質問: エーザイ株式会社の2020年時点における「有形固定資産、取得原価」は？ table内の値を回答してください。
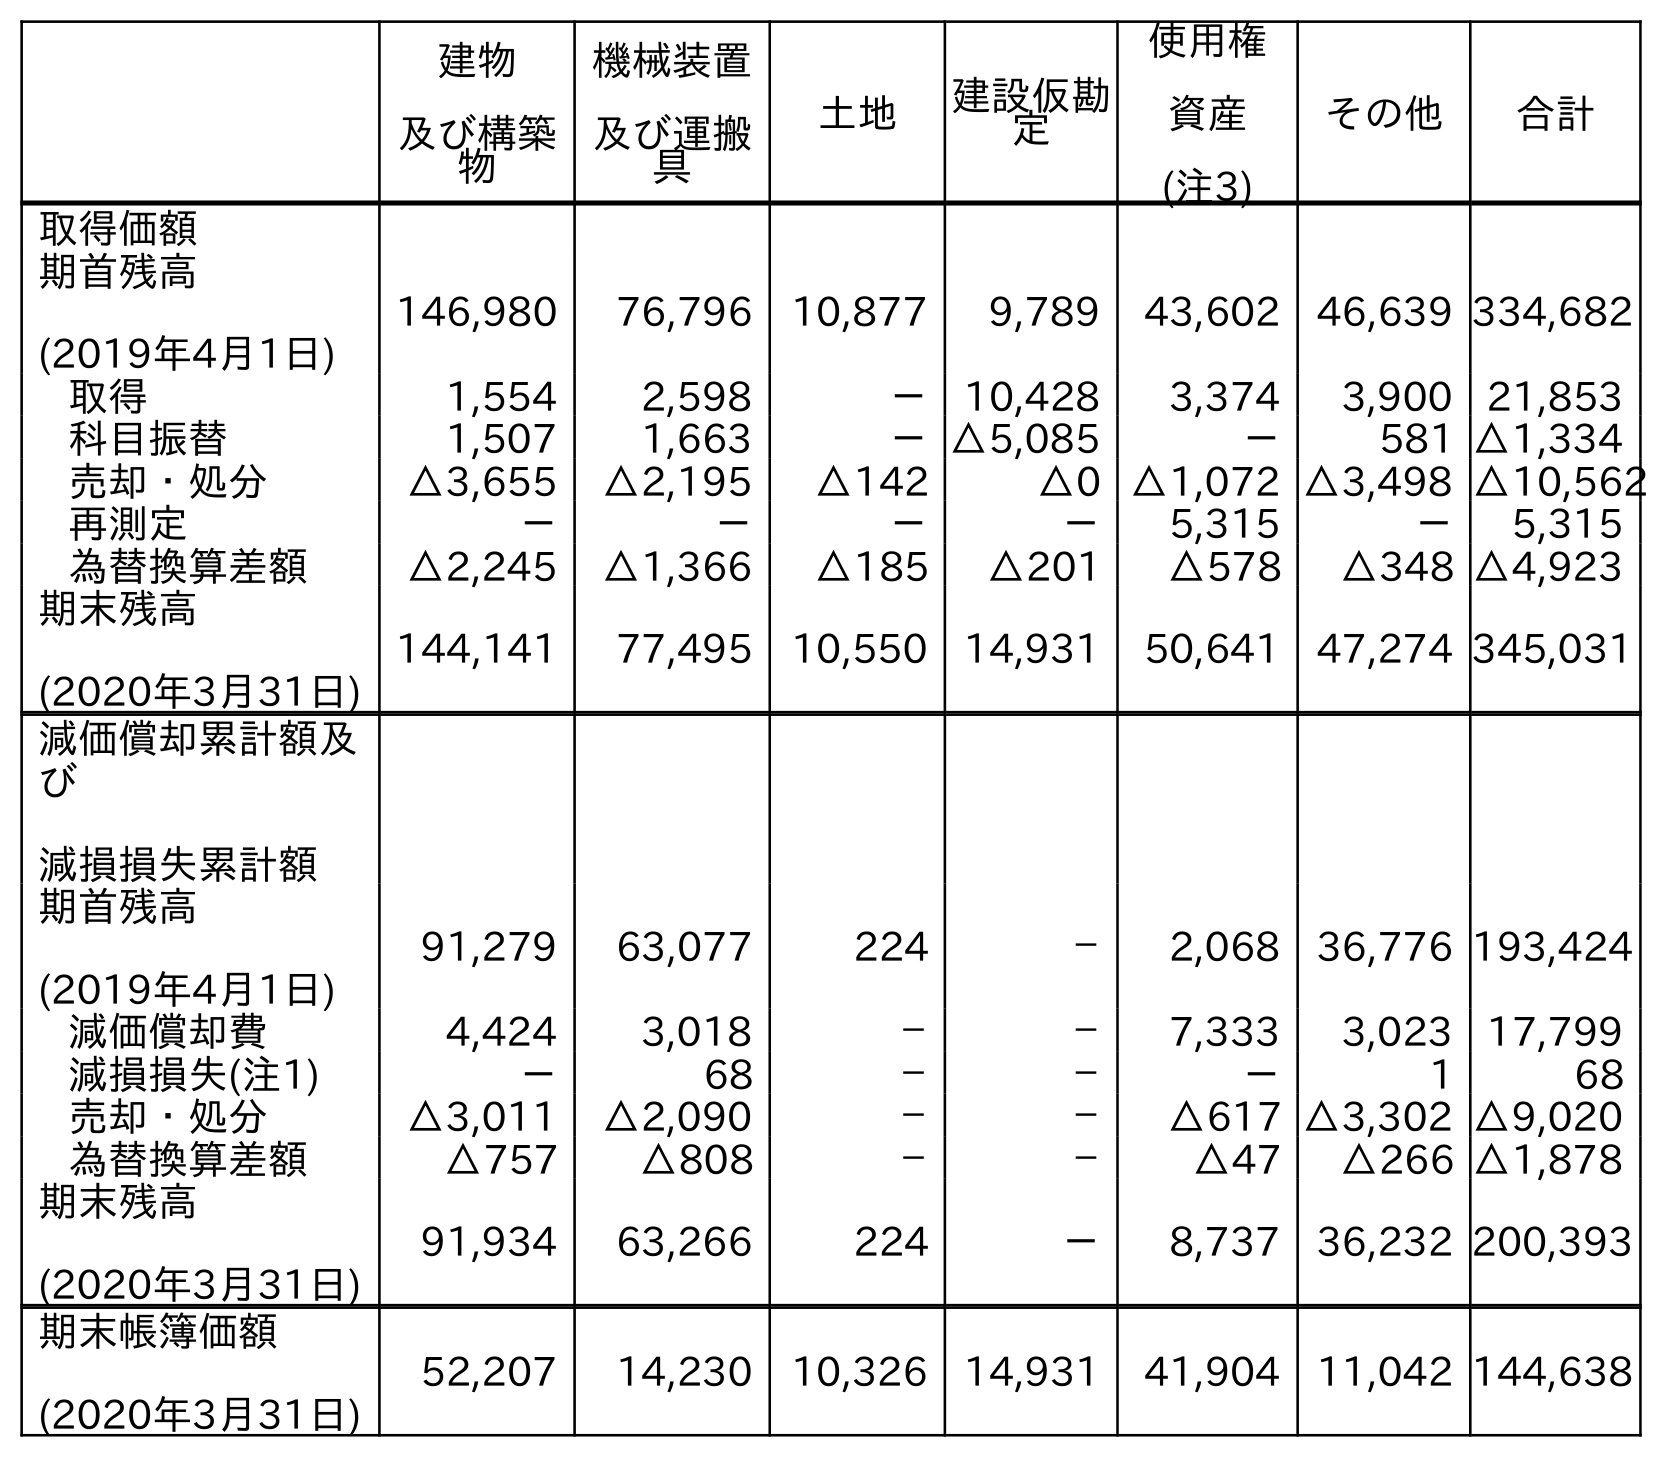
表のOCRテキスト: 建物 及び構築 物 機械装置 及び運搬 具 土地 建設仮勘 定 使用権 資産 (注3) その他 合計 取得価額 期首残高 (2019年4月1日) 146,980 76,796 10,877 9,789 43,602 46,639 334,682 取得 1,554 2,598 － 10,428 3,374 3,900 21,853 科目振替 1,507 1,663 －△5,085 － 581 △1,334 売却・処分 △3,655 △2,195 △142 △0 △1,072 △3,498 △10,562 再測定 － － － － 5,315 － 5,315 為替換算差額 △2,245 △1,366 △185 △201 △578 △348 △4,923 期末残高 (2020年3月31日) 144,141 77,495 10,550 14,931 50,641 47,274 345,031 減価償却累計額及 び 減損損失累計額 期首残高 (2019年4月1日) 91,279 63,077 224 － 2,068 36,776 193,424 減価償却費 4,424 3,018 － － 7,333 3,023 17,799 減損損失(注1) － 68 － － － 1 68 売却・処分 △3,011 △2,090 － － △617 △3,302 △9,020 為替換算差額 △757 △808 － － △47 △266 △1,878 期末残高 (2020年3月31日) 91,934 63,266 224 － 8,737 36,232 200,393 期末帳簿価額 (2020年3月31日) 52,207 14,230 10,326 14,931 41,904 11,042 144,638
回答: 345,031